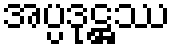
အပ္ပဒုဋ္ဌဿ